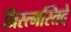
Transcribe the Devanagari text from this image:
च्रिस्त्मस्तिदे